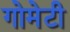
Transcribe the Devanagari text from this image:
गोमेटी